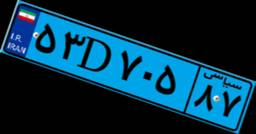
۷۴D۷۸۵۴۳